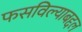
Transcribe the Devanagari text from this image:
फसविल्याबद्दल